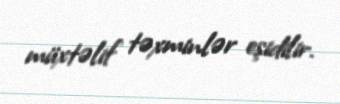
müxtəlif təxminlər eşidilir.